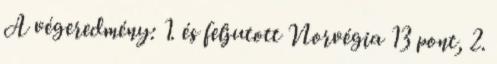
A végeredmény: 1. és feljutott Norvégia 13 pont, 2.